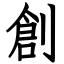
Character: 創